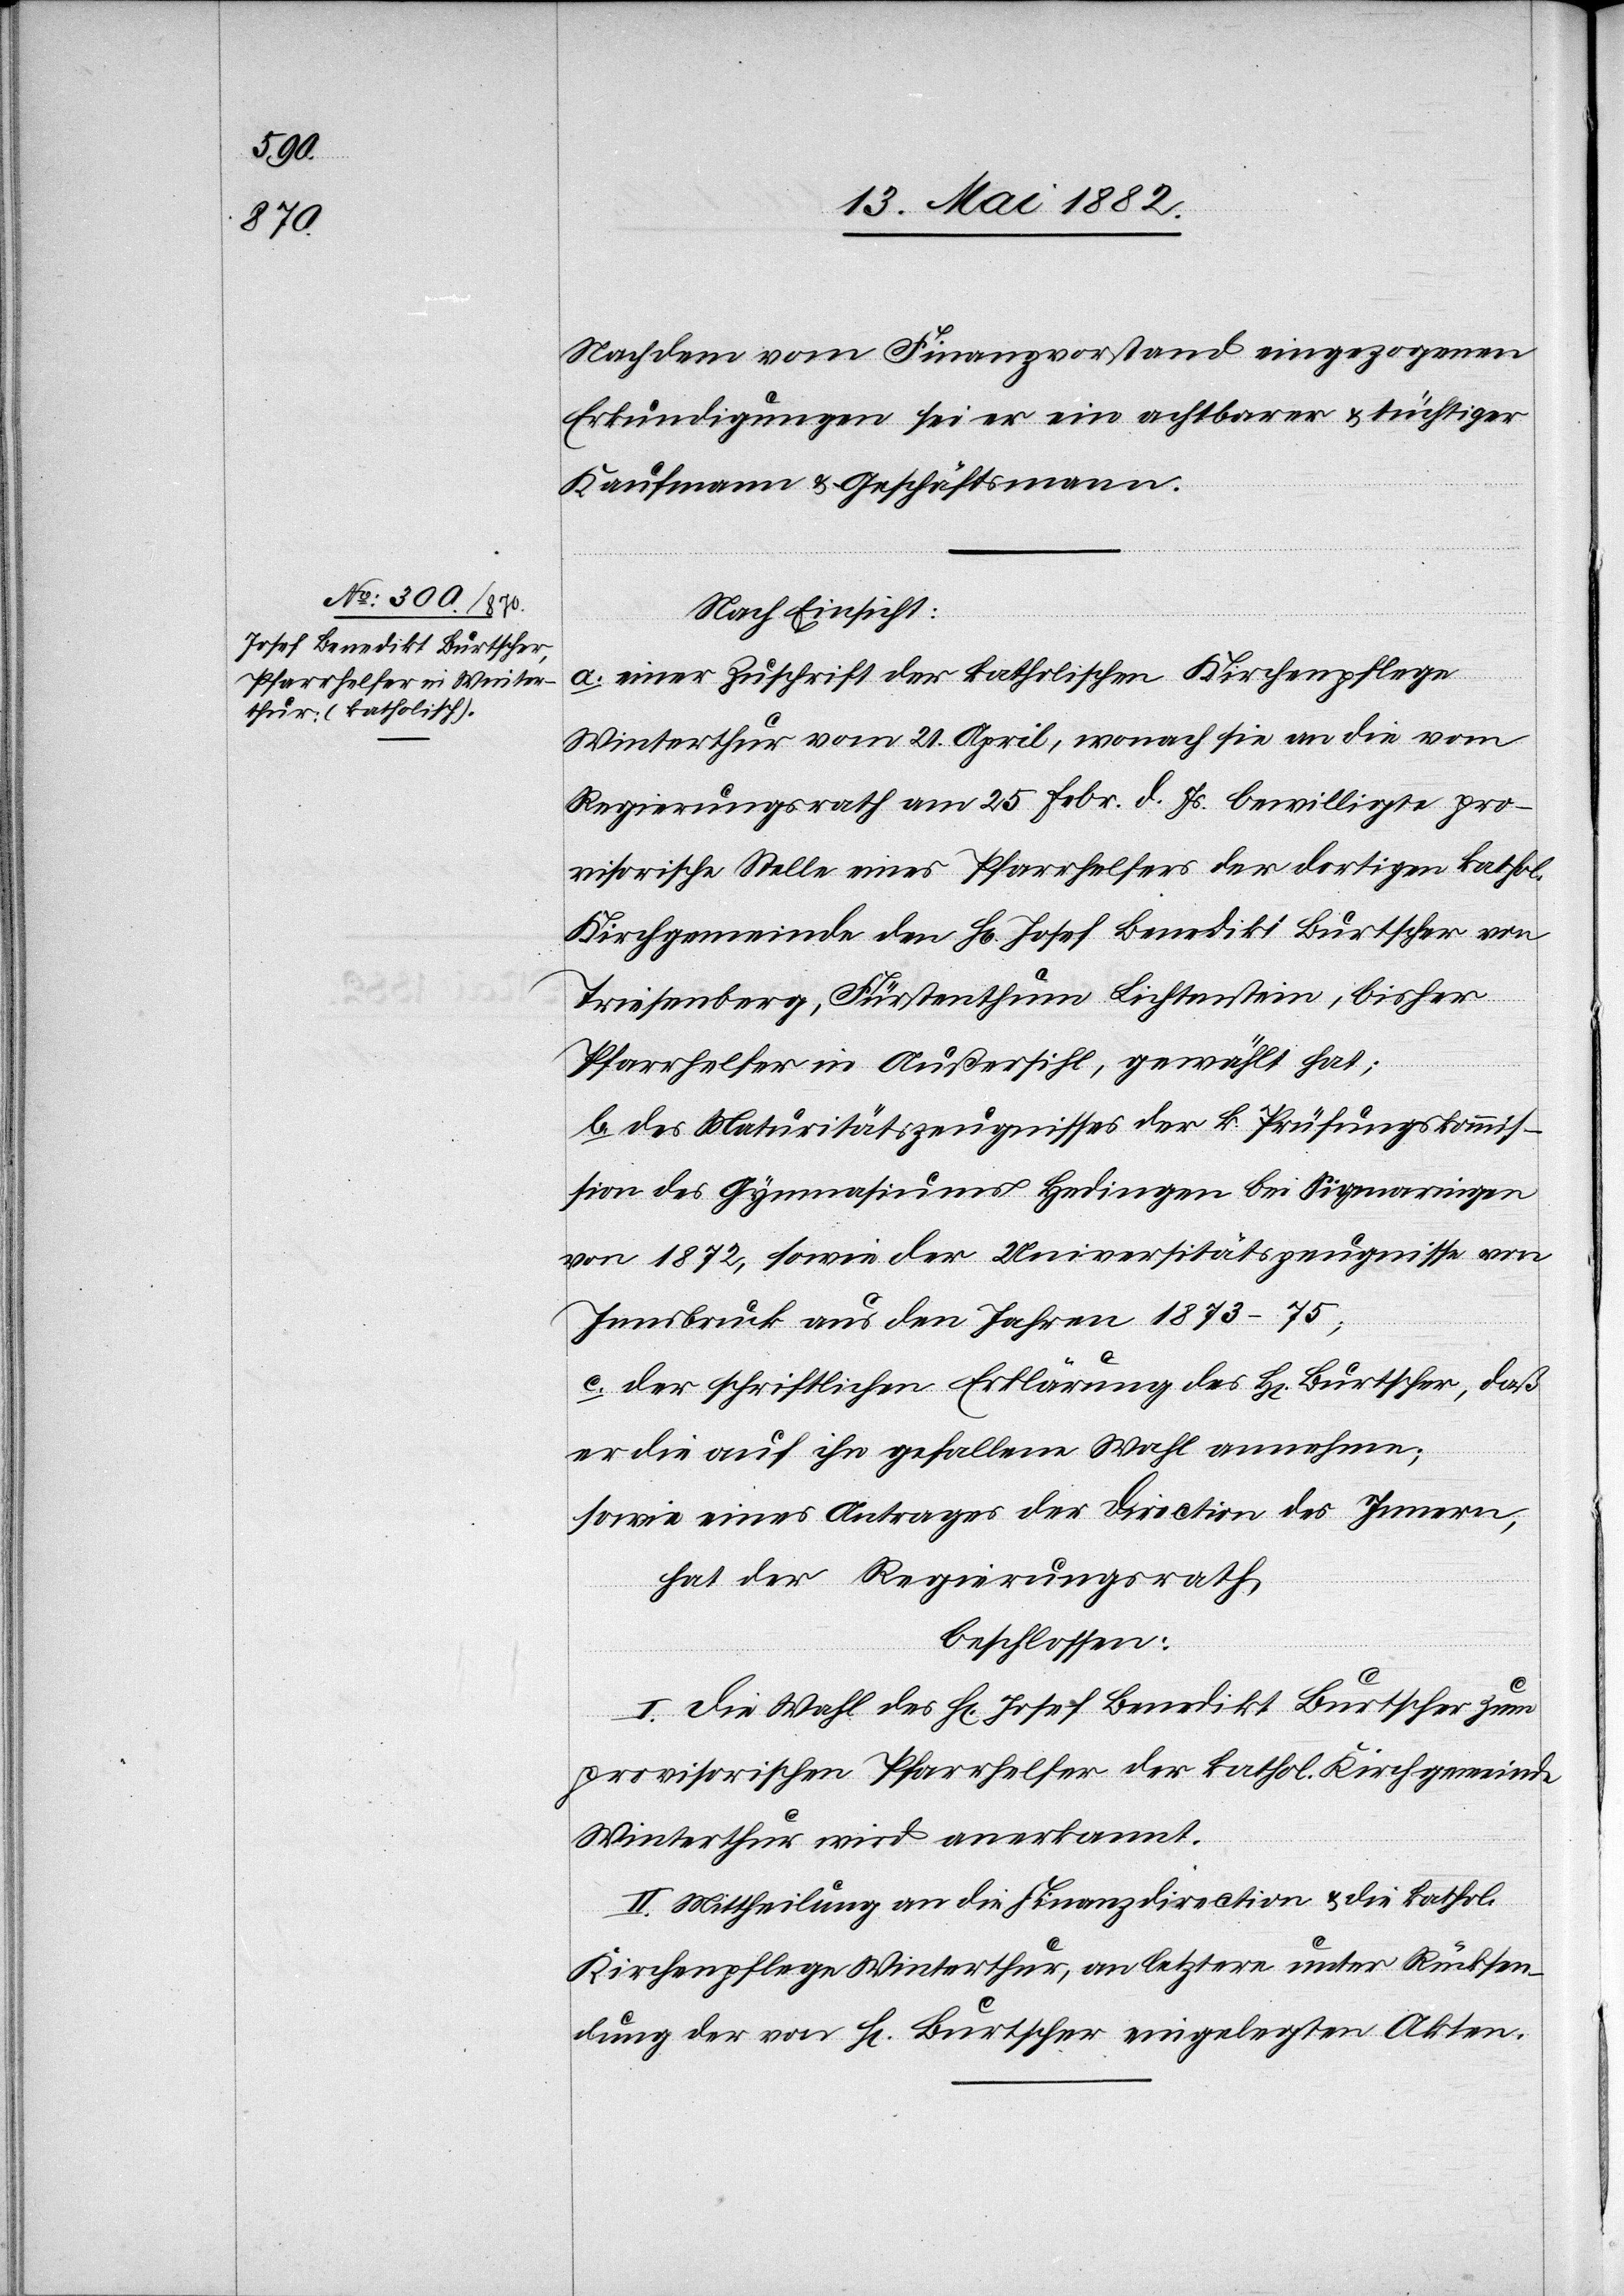
den] vom Finanzvorstand eingezogenen
Erkundigungen sei er ein achtbarer & tüchtiger
Kaufmann & Geschäftsmann.
Nach Einsicht:
a. einer Zuschrift der katholischen Kirchenpflege
Winterthur vom 21. April, wonach sie an die vom
Regierungsrath am 25. Febr. d. Js. bewilligte pro¬
visorische Stelle eines Pfarrhelfers der dortigen kathol.
Kirchgemeinde den Jb. Josef Benedikt Burtscher von
Triesenberg, Fürstenthum Lichtenstein, bisher
Pfarrhelfer in Außersihl, gewählt hat;
b. des Maturitätszeugnisses der k. Prüfungskommis¬
sion des Gymnasiums Hedingen bei Sigmaringen
von 1872, sowie der Universitätszeugnisse von
Innsbruck aus den Jahren 1873–75;
c. der schriftlichen Erklärung des H[rn]. Burtscher, daß
er die auf ihn gefallene Wahl annehme;
sowie eines Antrages der Direction des Innern,
hat der Regierungsrath,
beschlossen:
I. Die Wahl des H[rn]. Josef Benedikt Burtscher zum
provisorischen Pfarrhelfer der kathol. Kirchgemeinde
Winterthur wird anerkannt.
II. Mittheilung an die Finanzdirection & die kathol.
Kirchenpflege Winterthur, an letztere unter Rücksen¬
dung der von H[rn]. Burtscher eingelegten Akten.